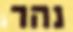
נהר